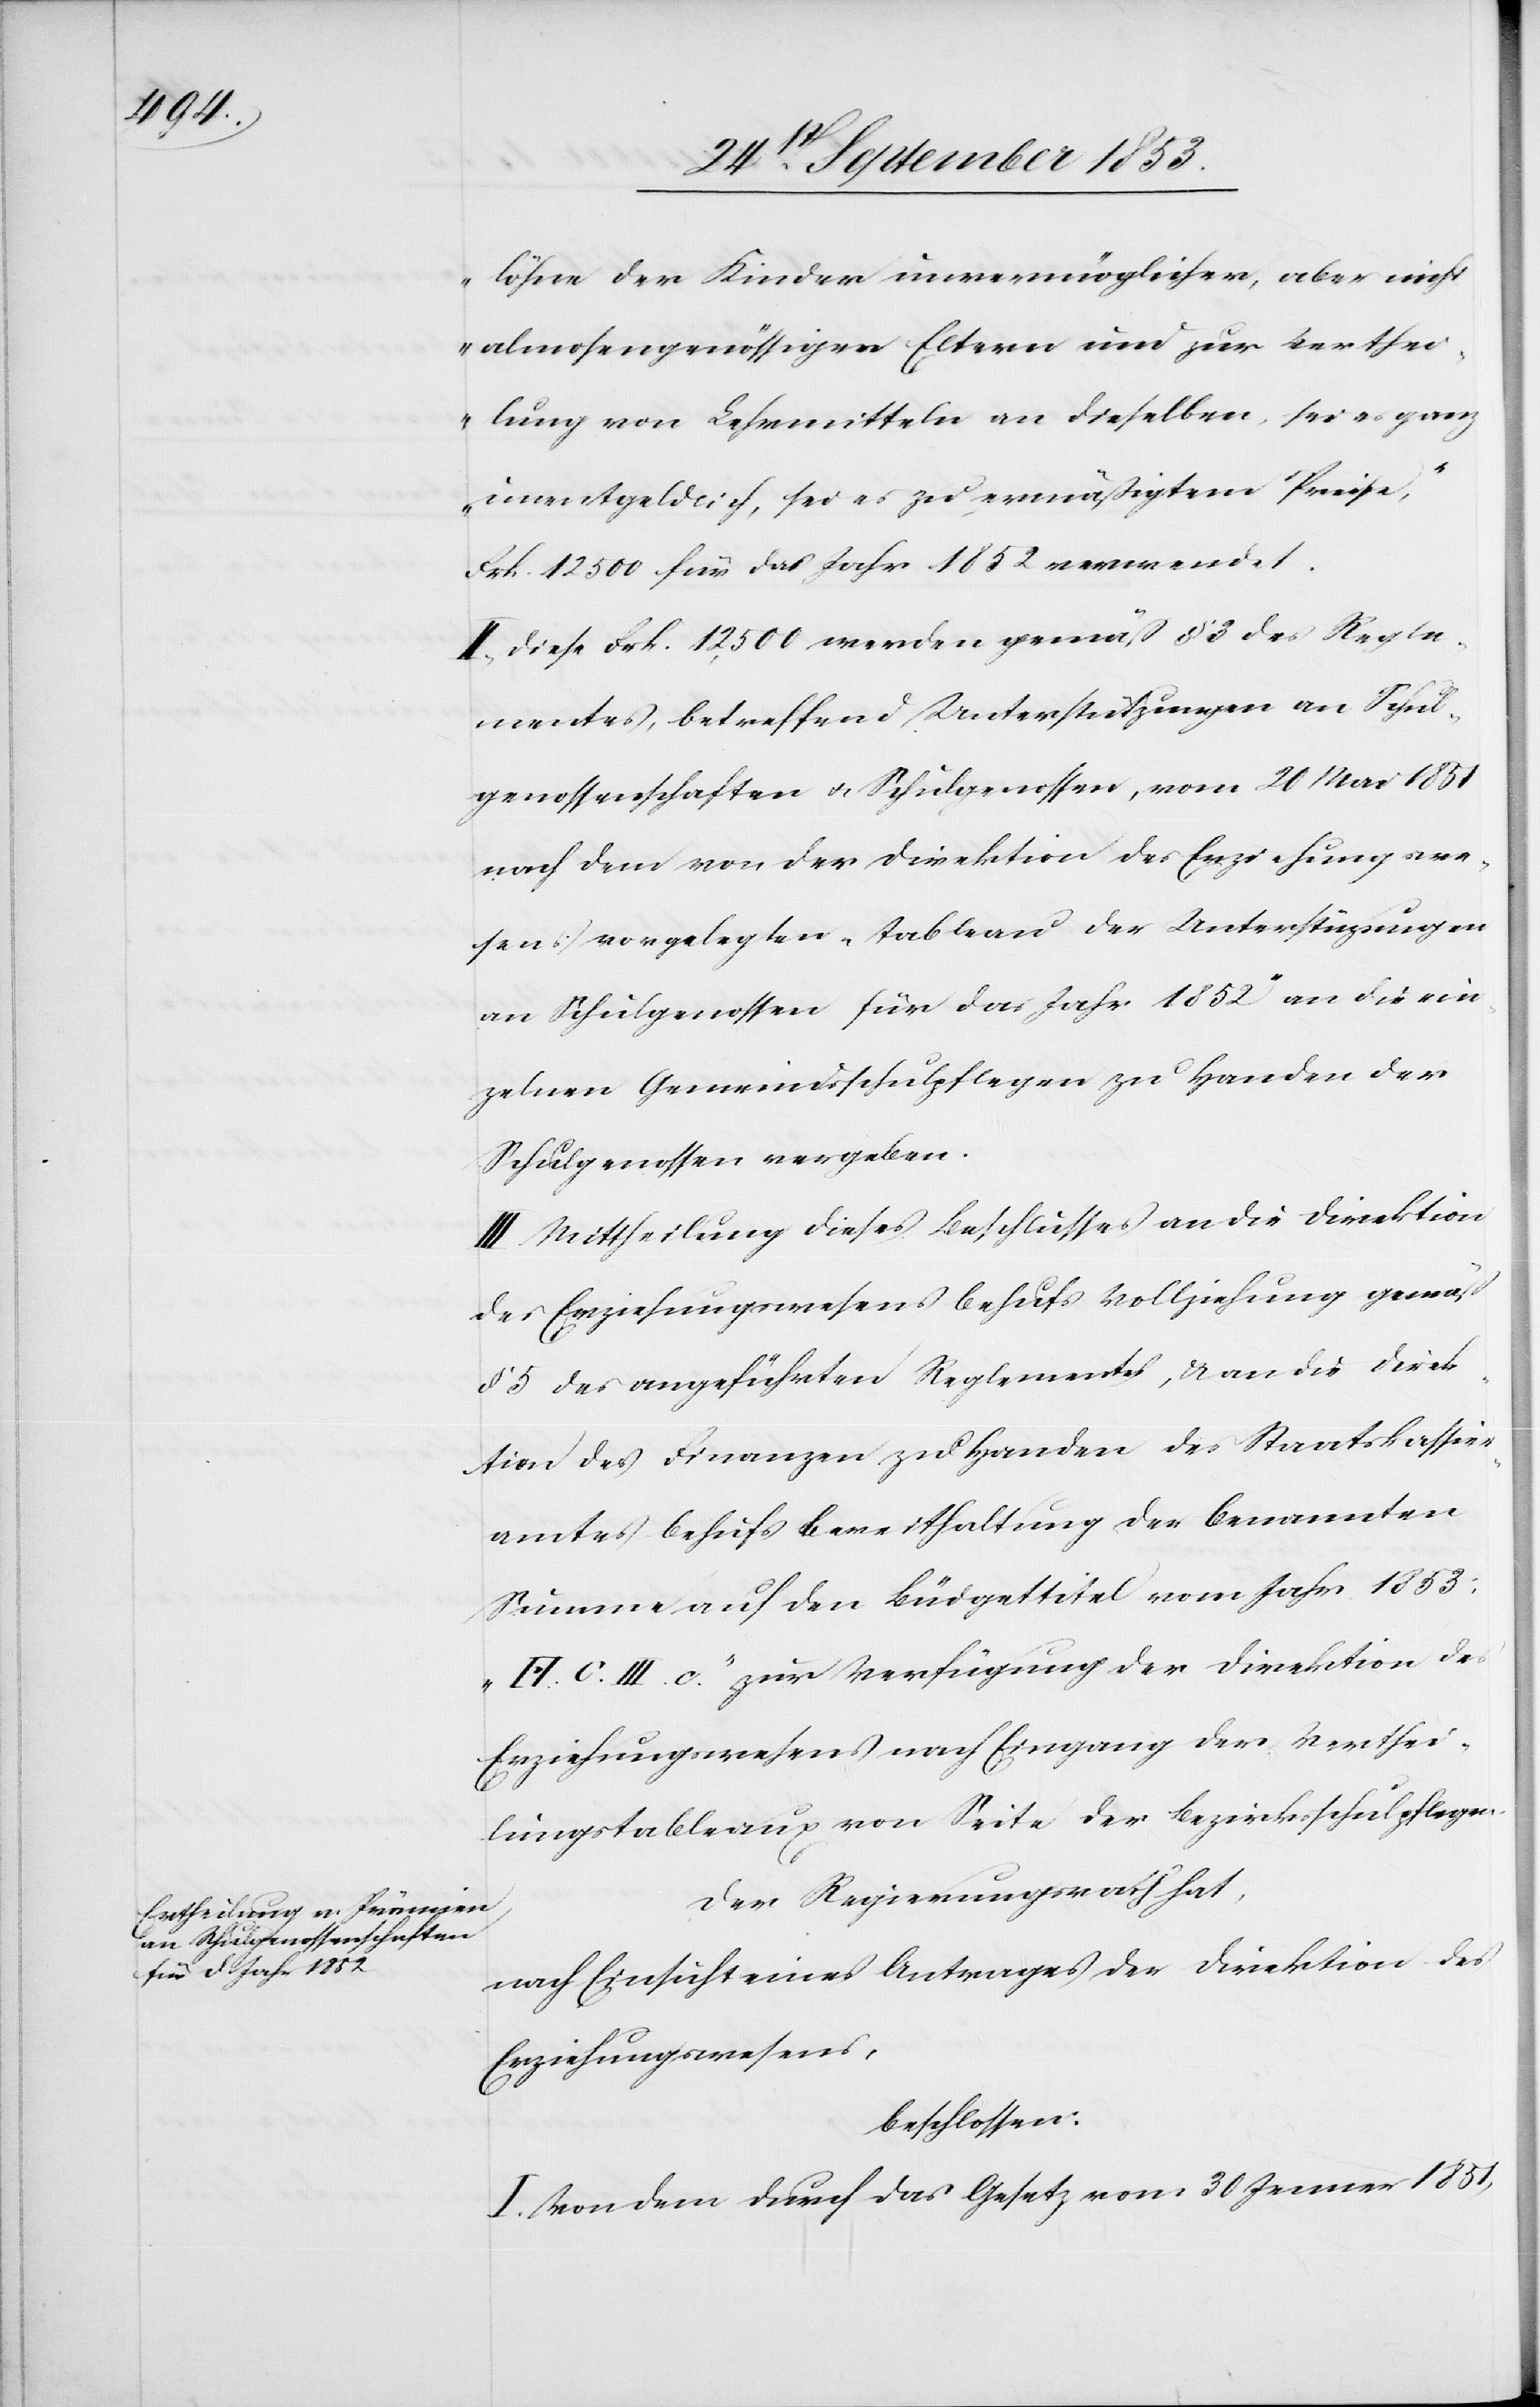
löhne der Kinder unvermöglicher, aber nicht
almosengenössiger Eltern und zur Verthei¬
lung von Lehrmitteln an dieselben, sei es ganz
unentgeldlich, sei es zu ermäßigtem Preise,“
Frk. 12 500 für das Jahr 1852 verwendet.
II. Diese Frk. 12,500 werden gemäß § 3 des Regle¬
mentes, betreffend Unterstützungen an Schul¬
genossenschaften u. Schulgenossen, vom 26 Mai 1851
nach dem von der Direktion des Erziehungswe¬
sens vorgelegten „tableau der Unterstützungen
an Schulgenossen für das Jahr 1852“ an die ein¬
zelnen Gemeindsschulpflegen zu Handen der
Schulgenossen vergeben.
III. Mittheilung dieses Beschlusses an die Direktion
des Erziehungswesens behufs Vollziehung gemäß
§ 5 des angeführten Reglements, u. an die Direk¬
tion der Finanzen zu Handen des Staatskassier¬
amtes behufs Bereithaltung der benannten
Summe auf den Büdgetitel vom Jahr 1853;
„A. C. III. c.“ zur Verfügung der Direktion des
Erziehungswesens nach Eingang der Verthei¬
lungstableaux von Seite der Bezirksschulpflege.
Der Regierungsrath hat,
nach Einsicht eines Antrages der Direktion des
Erziehungswesens,
beschlossen:
I. Von dem durch das Gesetz vom 30 Jenner 1851,